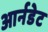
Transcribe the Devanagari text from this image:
आर्नडेट